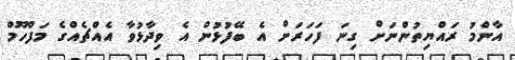
އާންމު ރައްޔިތުންނަށް ގިނަ ފަހަރަށް އެ ބޭފުޅުން އެ ވިދާޅުވާ އެއްޗެއްގެ މަފްހޫމް